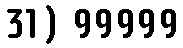
31) 99999